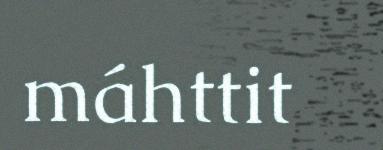
máhttit